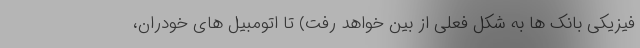
فیزیکی بانک ها به شکل فعلی از بین خواهد رفت) تا اتومبیل های خودران،